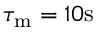
{ \tau _ { \mathrm { m } } } = 1 0 \mathrm { s }